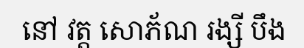
នៅ វត្ត សោភ័ណ រង្សី បឹង